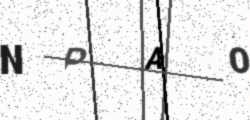
Text: NPAO